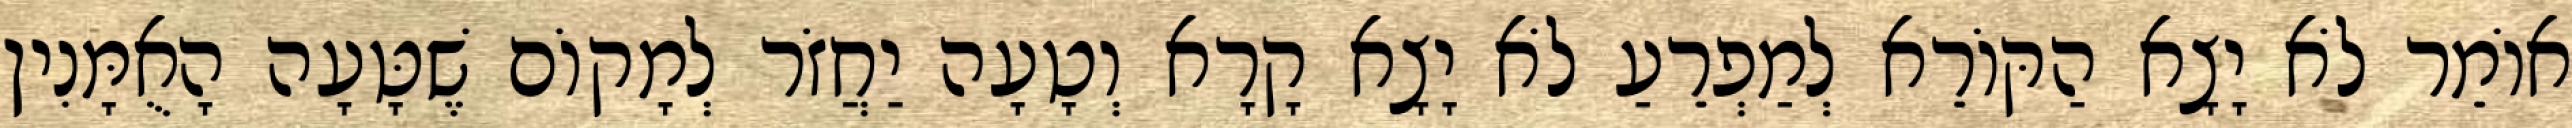
אוֹמֵר לֹא יָצָא הַקּוֹרֵא לְמַפְרֵעַ לֹא יָצָא קָרָא וְטָעָה יַחֲזֹר לְמָקוֹם שֶׁטָּעָה הָאֻמָּנִין